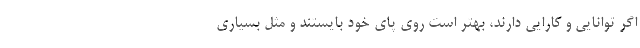
اگر توانایی و کارایی دارند، بهتر است روی پای خود بایستند و مثل بسیاری